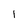
Character: 1